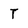
Character: T